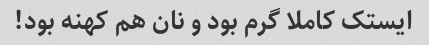
ایستک کاملا گرم بود و نان هم کهنه بود!